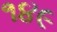
૧૪૯